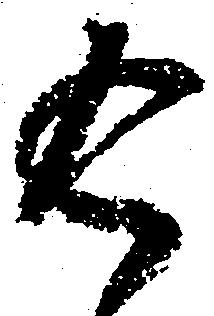
返